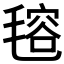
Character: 𣯔